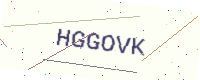
Text: HGGOVK